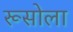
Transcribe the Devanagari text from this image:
रूसोला